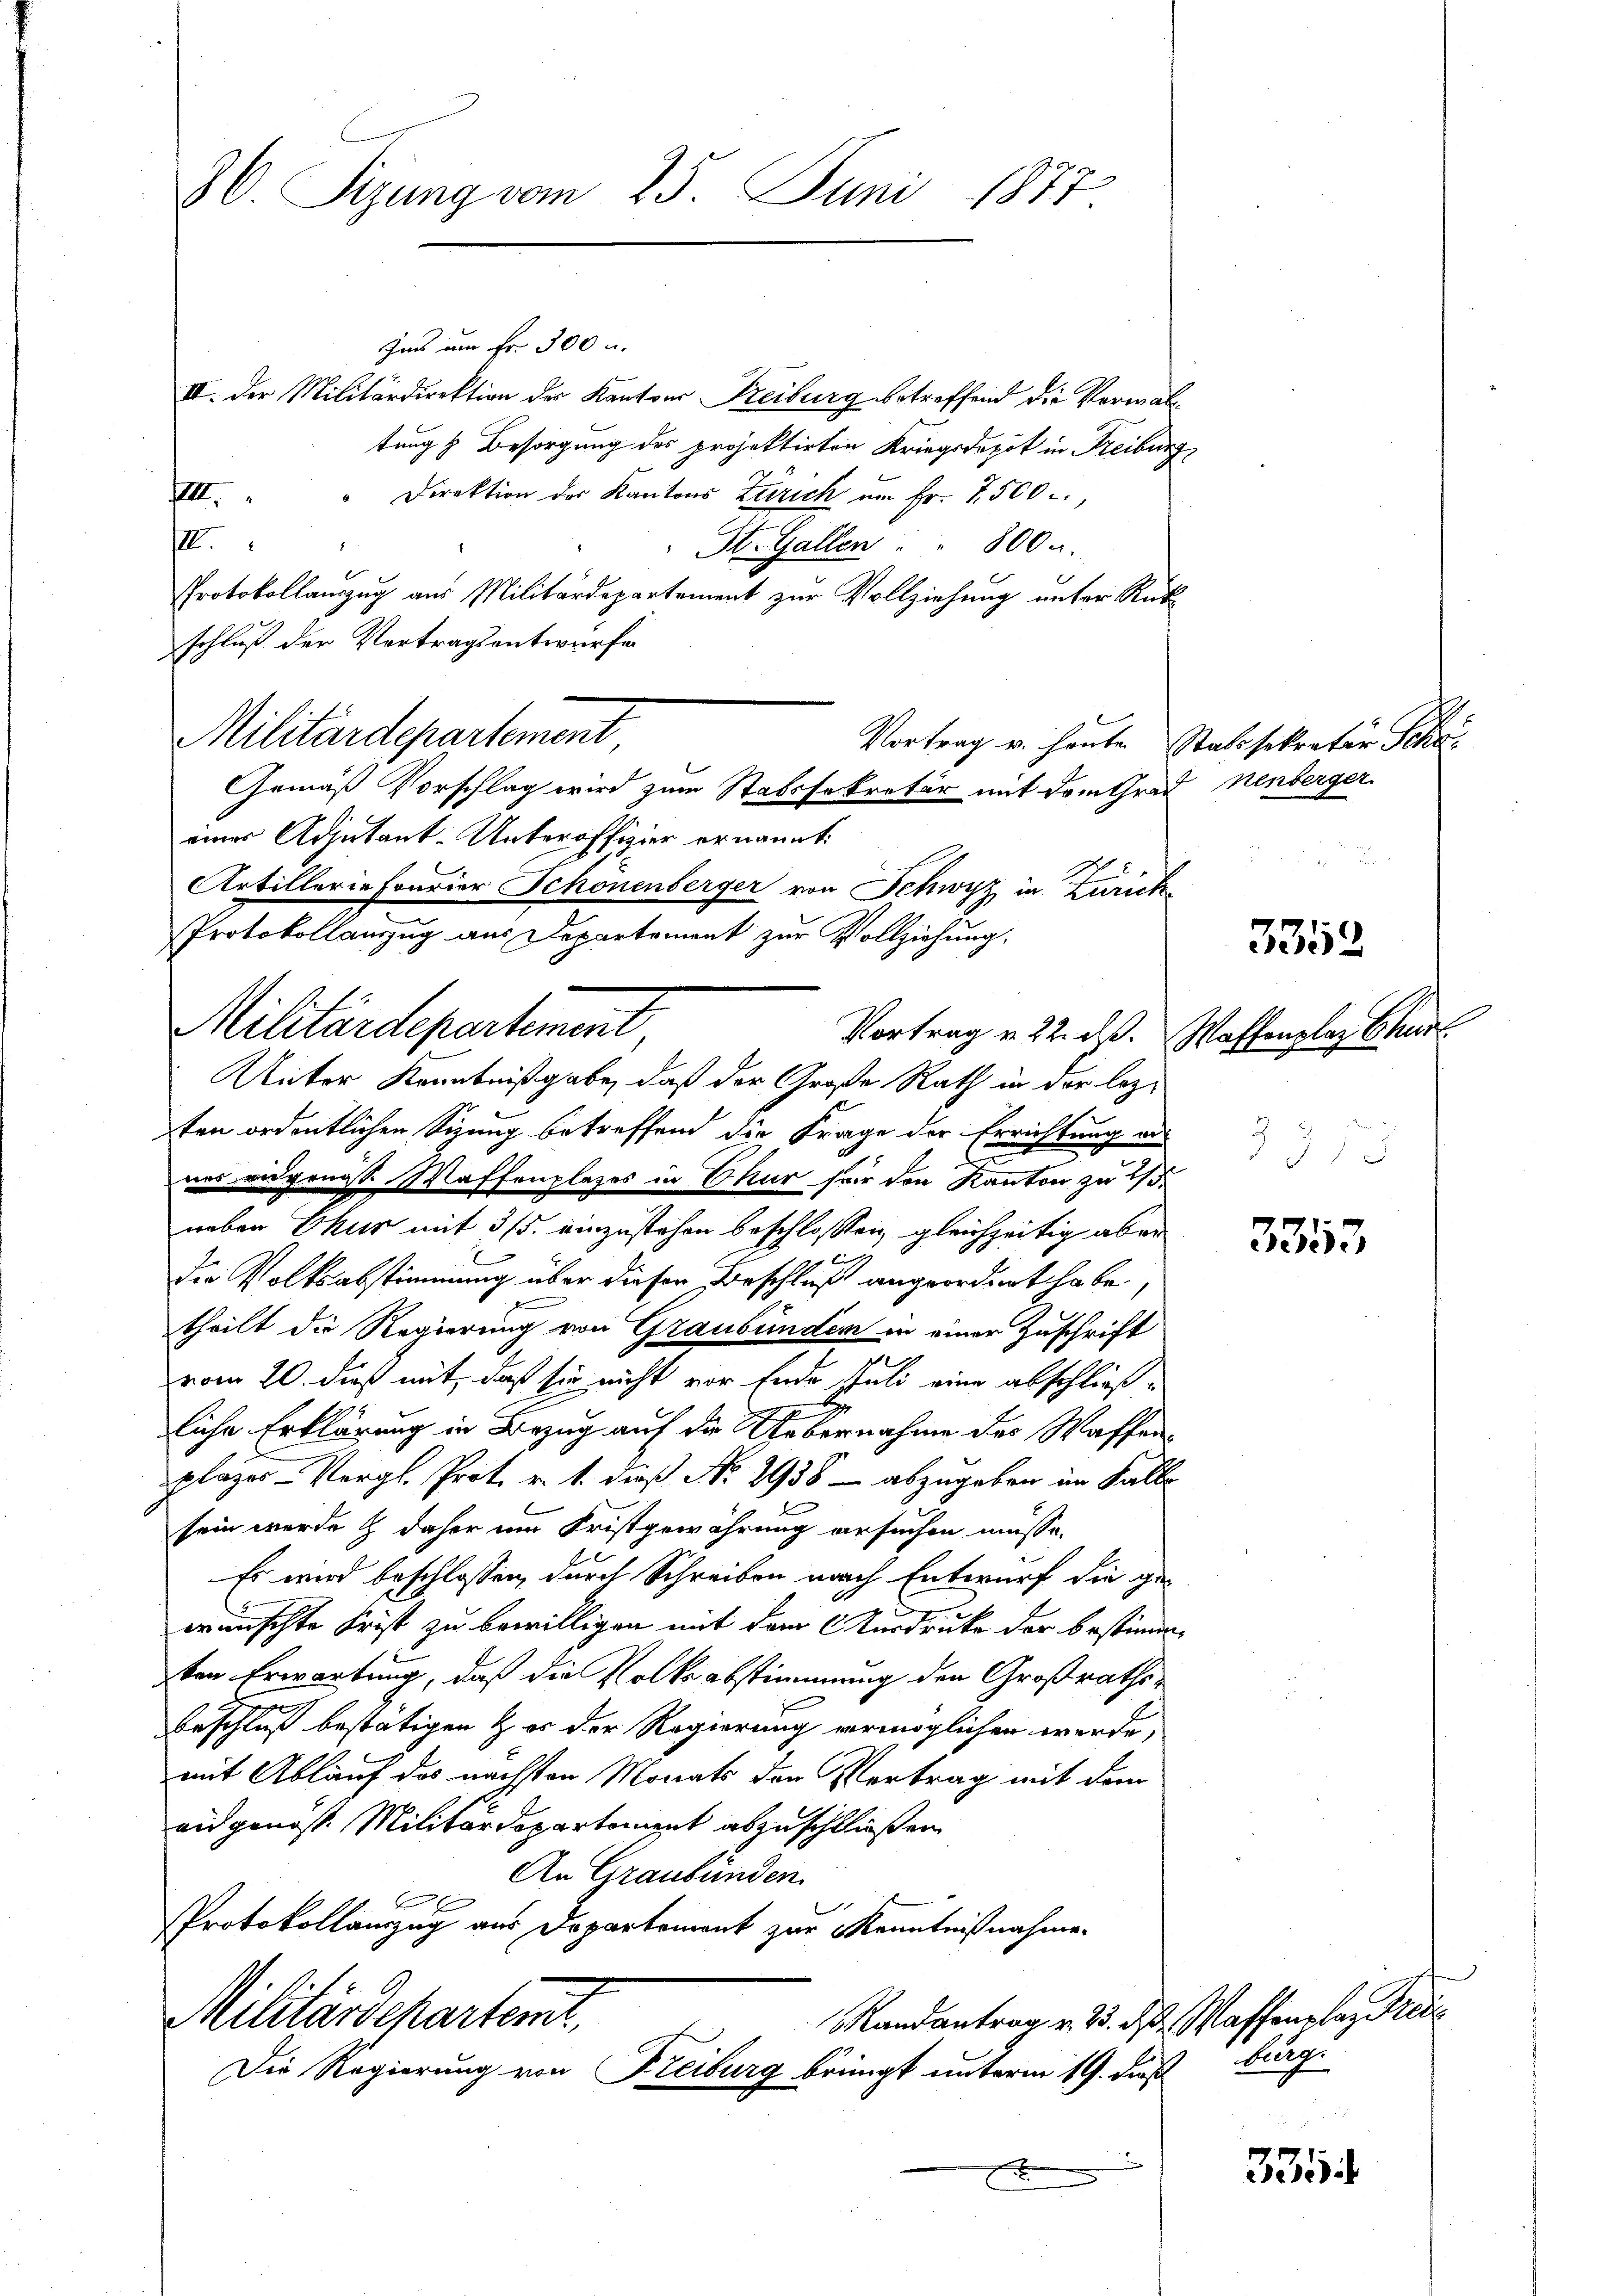
36 Sizung vom 25. Juni 1877.

Militärdepartement,
Vortrag v. 22. ds. Waffenplaz Chur
Unter Kenntnißgabe, daß der Große Rath in der lez¬

Ims am Fr. 300 u.
II. Der Militärdirektion der Kantons Freiburg betreffend die Verwaltung & Besorgung des projektirten Kriegsdepot in Freiburg
Direktion der Kantons Zürich um Fr. 7500
III
III.
St. Gallen. 800 a.
Protokollanzug aus Militärdepartement zur Vollziehung unter Rükschluß der Vortragsentwurfe
Militärdepartement
Gemäß Vorschlag wird zum Stabssekretär mit dem Grad nenberger
einer Adjutant-Unteroffizier ernannt:
Artillerie Frurier Schönenberger von Schwyz in Zürich
Protokollauszug aus Departement zur Vollziehung.

ten ordentlichen Sizung betreffend die Frage der Errichtung aus
nes eidgenösse Waffenplazes in Chur für den Kanton zu 2/3
neben Chur mit 3/5. einzustehen beschlossen, gleichzeitig aber
E
die Volksabstimmung über dieser Beschluß angeordnet habe.
theilt die Regierung von Graubünden in einer Zuschrift
l
vom 20. dieß mit, daß sie nicht vor Ende stuli eine abschließ-
E
2
liche Erklärung in Bezug auf die Uebernahme des Waffen
plazes-Vergl. Prot. v. 1. dieß No. 2938 – abzugeben im Falle
sein werde & daher um Fristgewährung ersuchen müsse.
Es wird beschlossen, durch Schreiben nach Entwurf die ge-
wünschte Frist zu bewilligen mit dem Ausdrucke der bestimmten Erwartung, daß die Volksabstimmung den Großraths-
Beschluß bestätigen & es der Regierung vermöglichen werde,
mit Ablauf des nächsten Monats den Vertrag mit dem
augenosse Militärdepartement abzuschließen
An Graubünden
Protokollauszug aus Departement zur Kenntnißnahme.
Militärdehartent.
Randantrag v. 23. ds. Waffenplaz Predi
Die Regierung von Freiburg bringt unterm 19. dieß
x
x

Vortrag u. heute Statisekretär Scha

3352

3

13

3353

335

.
Hunge